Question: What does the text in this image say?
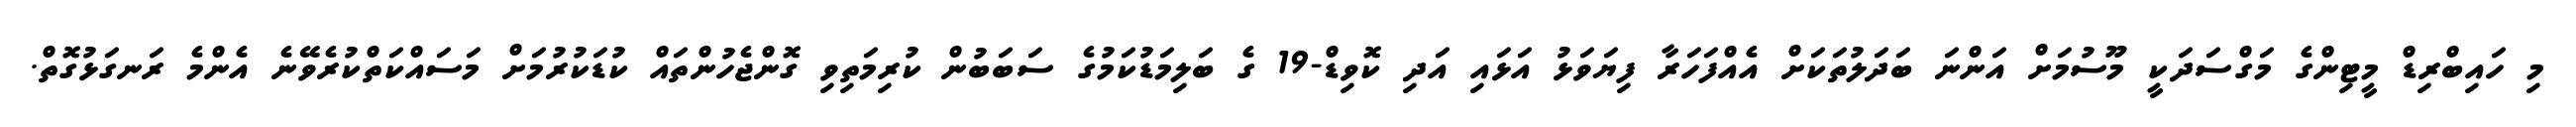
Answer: މި ހައިބްރިޑް މީޓިންގެ މަގްސަދަކީ މޫސުމަށް އަންނަ ބަދަލުތަކަށް އެއްފަހަރާ ފިޔަވަޅު އަޅައި އަދި ކޮވިޑް-19 ގެ ބަލިމަޑުކަމުގެ ސަބަބުން ކުރިމަތިވި ގޮންޖެހުންތައް ކުޑަކުރުމަށް މަސައްކަތްކުރެވޭނެ އެންމެ ރަނގަޅުގޮތް.